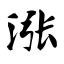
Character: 涨